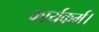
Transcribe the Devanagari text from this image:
कार्यकर्म।